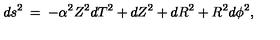
d s ^ { 2 } \: = \: - \alpha ^ { 2 } Z ^ { 2 } d T ^ { 2 } + d Z ^ { 2 } + d R ^ { 2 } + R ^ { 2 } d \phi ^ { 2 } ,